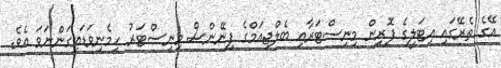
އޭގެ ތެރޭގައި އިޓަލީގެ ފޮރިން މިނިސްޓަރާއި ބެލްޖިއަމްގެ ފިނޭންސް މިނިސްޓަރު ހިމެނިވަޑައިގަންނަވަ އެވެ.